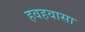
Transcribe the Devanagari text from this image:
हवहवासा